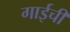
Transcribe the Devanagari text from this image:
गाईचीं